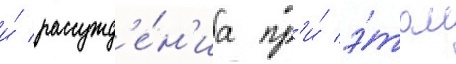
и́ рассужд'е́н'иа пр'и́ э́том